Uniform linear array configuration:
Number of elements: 24
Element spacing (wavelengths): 1
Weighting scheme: binomial
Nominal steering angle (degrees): -15
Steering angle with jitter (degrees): -16.698
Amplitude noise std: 0.05
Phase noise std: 0.05

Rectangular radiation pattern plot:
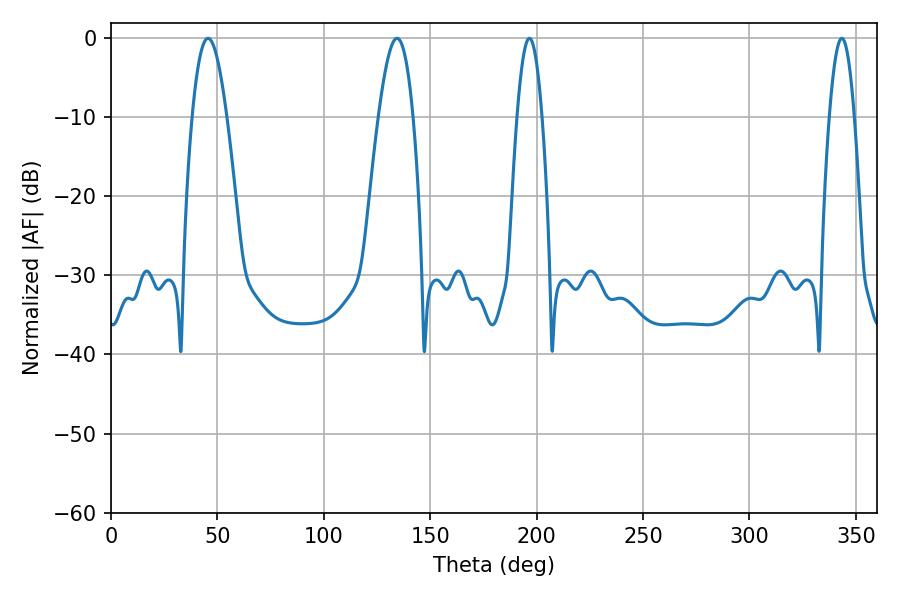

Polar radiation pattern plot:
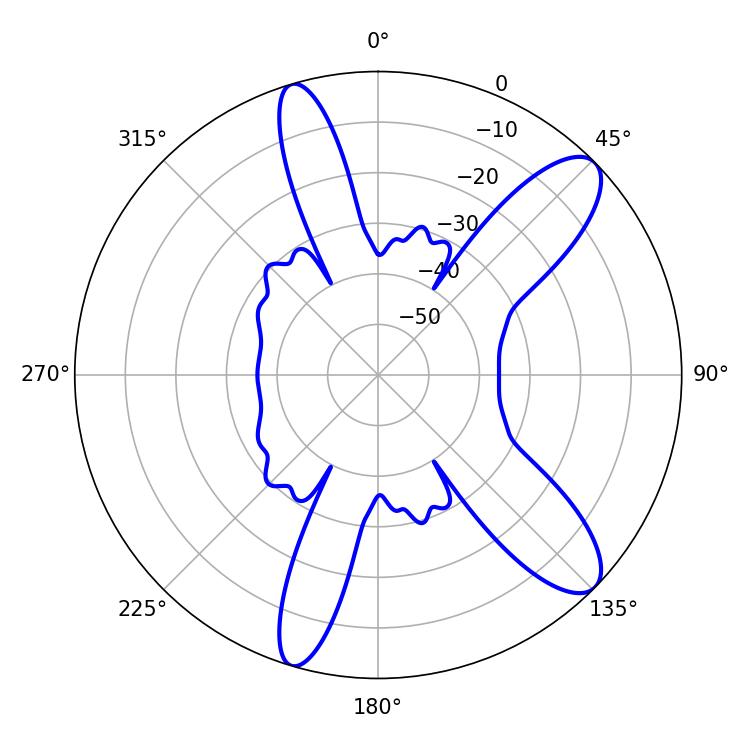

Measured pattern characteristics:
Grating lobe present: TRUE
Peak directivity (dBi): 10.686
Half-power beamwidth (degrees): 8.82
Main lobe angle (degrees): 45.54